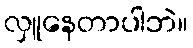
လှူနေတာပါဘဲ။